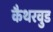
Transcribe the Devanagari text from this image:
कैथरवुड